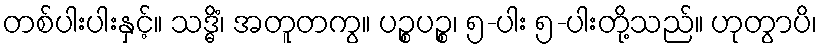
တစ်ပါးပါးနှင့်။ သဒ္ဓိံ၊ အတူတကွ။ ပဉ္စပဉ္စ၊ ၅-ပါး ၅-ပါးတို့သည်။ ဟုတွာပိ၊